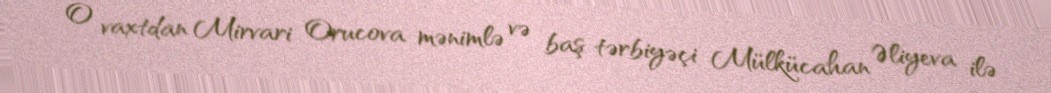
O vaxtdan Mirvari Orucova mənimlə və baş tərbiyəçi Mülkücahan Əliyeva ilə